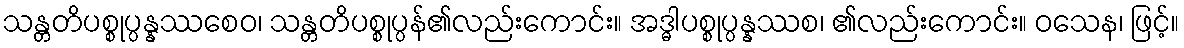
သန္တတိပစ္စုပ္ပန္နဿစေဝ၊ သန္တတိပစ္စုပ္ပန်၏လည်းကောင်း။ အဒ္ဓါပစ္စုပ္ပန္နဿစ၊ ၏လည်းကောင်း။ ဝသေန၊ ဖြင့်။